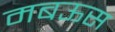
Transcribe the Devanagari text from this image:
मबऊस